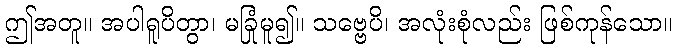
ဤအတူ။ အပါရူပိတွာ၊ မခြုံမူ၍။ သဗ္ဗေပိ၊ အလုံးစုံလည်း ဖြစ်ကုန်သော။